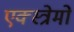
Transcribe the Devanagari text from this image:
एक्स्त्रेमो